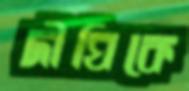
দীঘিকে